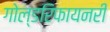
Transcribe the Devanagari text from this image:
गोल्डरिफायनरी